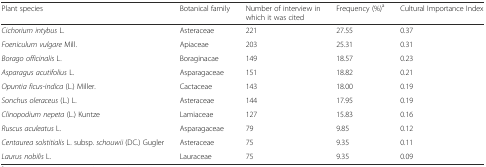
<table><thead><tr><td><b>Plant species</b></td><td><b>Botanical family</b></td><td><b>Number of interview in which it was cited</b></td><td><b>Frequency (%)<sup>a</sup></b></td><td><b>Cultural Importance Index</b></td></tr></thead><tbody><tr><td><i>Cichorium intybus</i> L.</td><td>Asteraceae</td><td>221</td><td>27.55</td><td>0.37</td></tr><tr><td><i>Foeniculum vulgare</i> Mill.</td><td>Apiaceae</td><td>203</td><td>25.31</td><td>0.31</td></tr><tr><td><i>Borago officinalis</i> L.</td><td>Boraginacae</td><td>149</td><td>18.57</td><td>0.23</td></tr><tr><td><i>Asparagus acutifolius</i> L.</td><td>Asparagaceae</td><td>151</td><td>18.82</td><td>0.21</td></tr><tr><td><i>Opuntia ficus-indica</i> (L.) Miller.</td><td>Cactaceae</td><td>143</td><td>18.00</td><td>0.19</td></tr><tr><td><i>Sonchus oleraceus</i> (L.) L.</td><td>Asteraceae</td><td>144</td><td>17.95</td><td>0.19</td></tr><tr><td><i>Clinopodium nepeta</i> (L.) Kuntze</td><td>Lamiaceae</td><td>127</td><td>15.83</td><td>0.16</td></tr><tr><td><i>Ruscus aculeatus</i> L.</td><td>Asparagaceae</td><td>79</td><td>9.85</td><td>0.12</td></tr><tr><td><i>Centaurea solstitialis</i> L. subsp. <i>schouwii</i> (DC.) Gugler</td><td>Asteraceae</td><td>75</td><td>9.35</td><td>0.11</td></tr><tr><td><i>Laurus nobilis</i> L.</td><td>Lauraceae</td><td>75</td><td>9.35</td><td>0.09</td></tr></tbody></table>